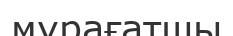
мұрағатшы